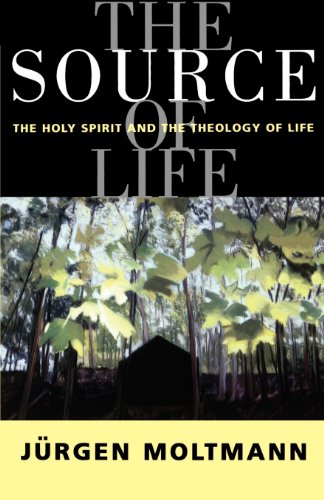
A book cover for The Source of Life; Jurgen Moltmann; Christian Books & Bibles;